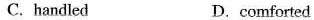
C.handled D.comforted